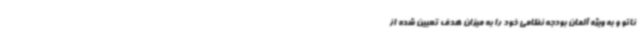
ناتو و به ویژه آلمان بودجه نظامی خود را به میزان هدف تعیین شده از